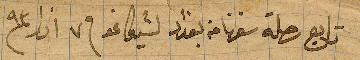
تابع رحلة سفرنا من بغداد لشيكاغو في ٧ اذار ١٨٩٣